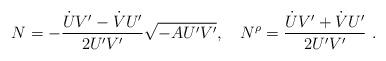
LaTeX: \begin{align*}N = -\frac{\dot{U}V' - \dot{V}U'}{2U'V'}\sqrt{-AU'V'}, \quad N^{\rho} = \frac{\dot{U}V' + \dot{V}U'}{2U'V'}\ .\end{align*}